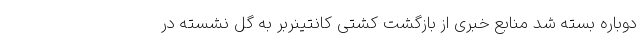
دوباره بسته شد منابع خبری از بازگشت کشتی کانتینربر به گل نشسته در